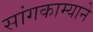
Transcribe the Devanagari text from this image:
सांगकाम्याने